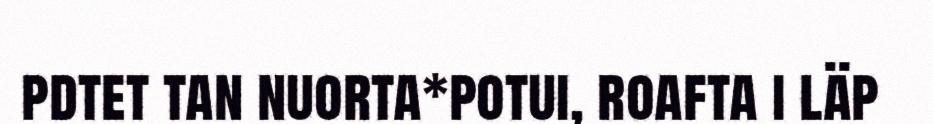
pdtet tan nuorta*potui, roafta i läp